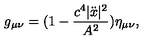
g _ { \mu \nu } = ( 1 - \frac { c ^ { 4 } | \ddot { x } | ^ { 2 } } { A ^ { 2 } } ) \eta _ { \mu \nu } { , }